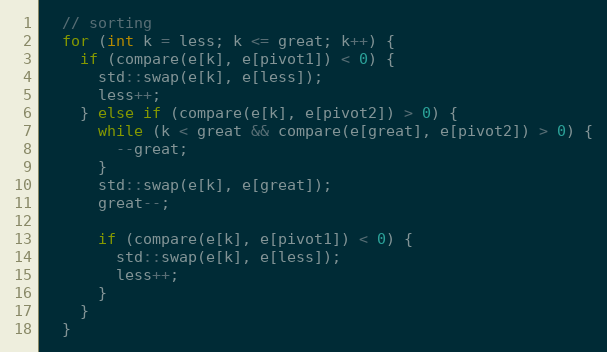
Language: C
  // sorting
  for (int k = less; k <= great; k++) {
    if (compare(e[k], e[pivot1]) < 0) {
      std::swap(e[k], e[less]);
      less++;
    } else if (compare(e[k], e[pivot2]) > 0) {
      while (k < great && compare(e[great], e[pivot2]) > 0) {
        --great;
      }
      std::swap(e[k], e[great]);
      great--;

      if (compare(e[k], e[pivot1]) < 0) {
        std::swap(e[k], e[less]);
        less++;
      }
    }
  }